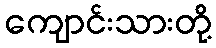
ကျောင်းသားတို့